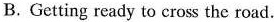
B.Getting ready to cross the road.